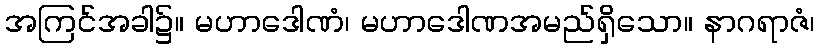
အကြင်အခါ၌။ မဟာဒေါဏံ၊ မဟာဒေါဏအမည်ရှိသော။ နာဂရာဇံ၊